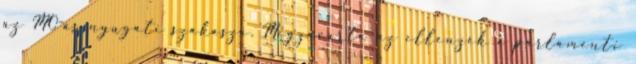
az M0-ás nyugati szakasza. Megzavarta az ellenzék a parlamenti